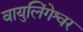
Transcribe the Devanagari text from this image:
वायुलिंगेश्वर